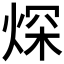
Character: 𤉾